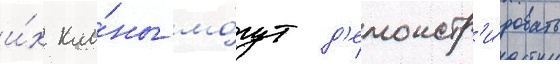
и́х кла́ны мо́гут д'емонстр'и́ровать